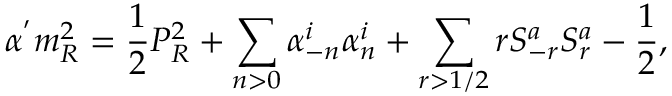
\alpha ^ { ' } m _ { R } ^ { 2 } = \frac { 1 } { 2 } P _ { R } ^ { 2 } + \sum _ { n > 0 } \alpha _ { - n } ^ { i } \alpha _ { n } ^ { i } + \sum _ { r > 1 / 2 } r S _ { - r } ^ { a } S _ { r } ^ { a } - \frac { 1 } { 2 } ,